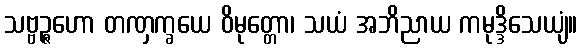
သဗ္ဗဉ္ဇဟော တဏှက္ခယေ ဝိမုတ္တော၊ သယံ အဘိညာယ ကမုဒ္ဒိသေယျံ။